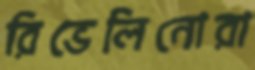
রিভেলিনোরা